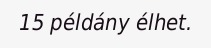
15 példány élhet.